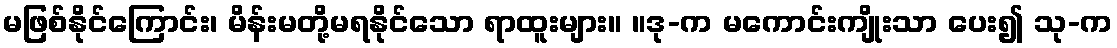
မဖြစ်နိုင်ကြောင်း၊ မိန်းမတို့မရနိုင်သော ရာထူးများ။ ။ဒု-က မကောင်းကျိုးသာ ပေး၍ သု-က